Lunatic asylums Madras 1892-1911 - 1892-1911
Year: 1892
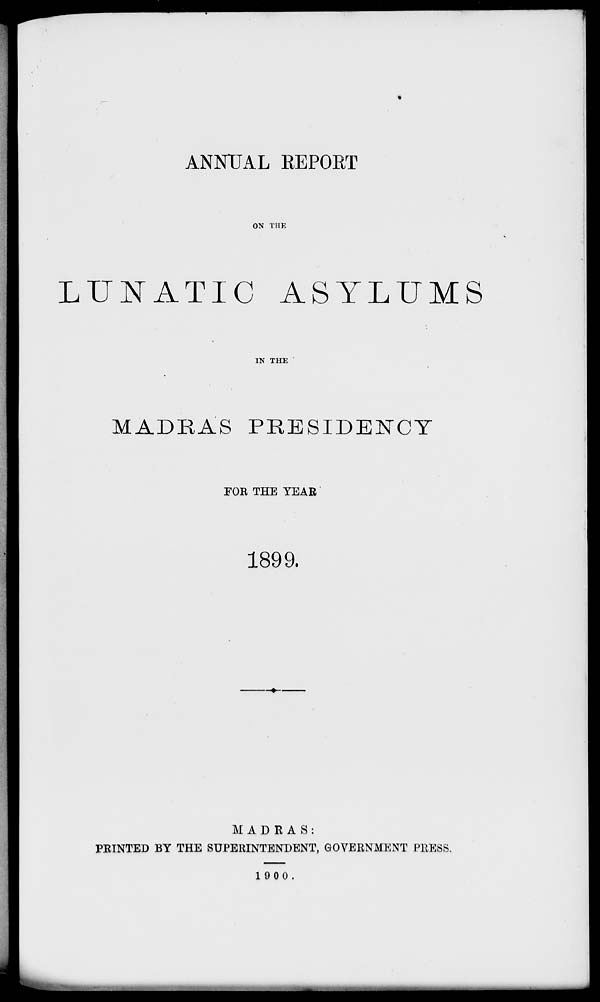
ANNUAL REPORT
ON THE
LUNATIC ASYLUMS
IN THE
MADRAS PRESIDENCY
FOR THE YEAR
1899.
MADRAS:
PEINTED BY THE SUPERINTENDENT, GOVERNMENT PRESS.
1900.